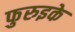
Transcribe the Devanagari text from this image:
फुरुइके